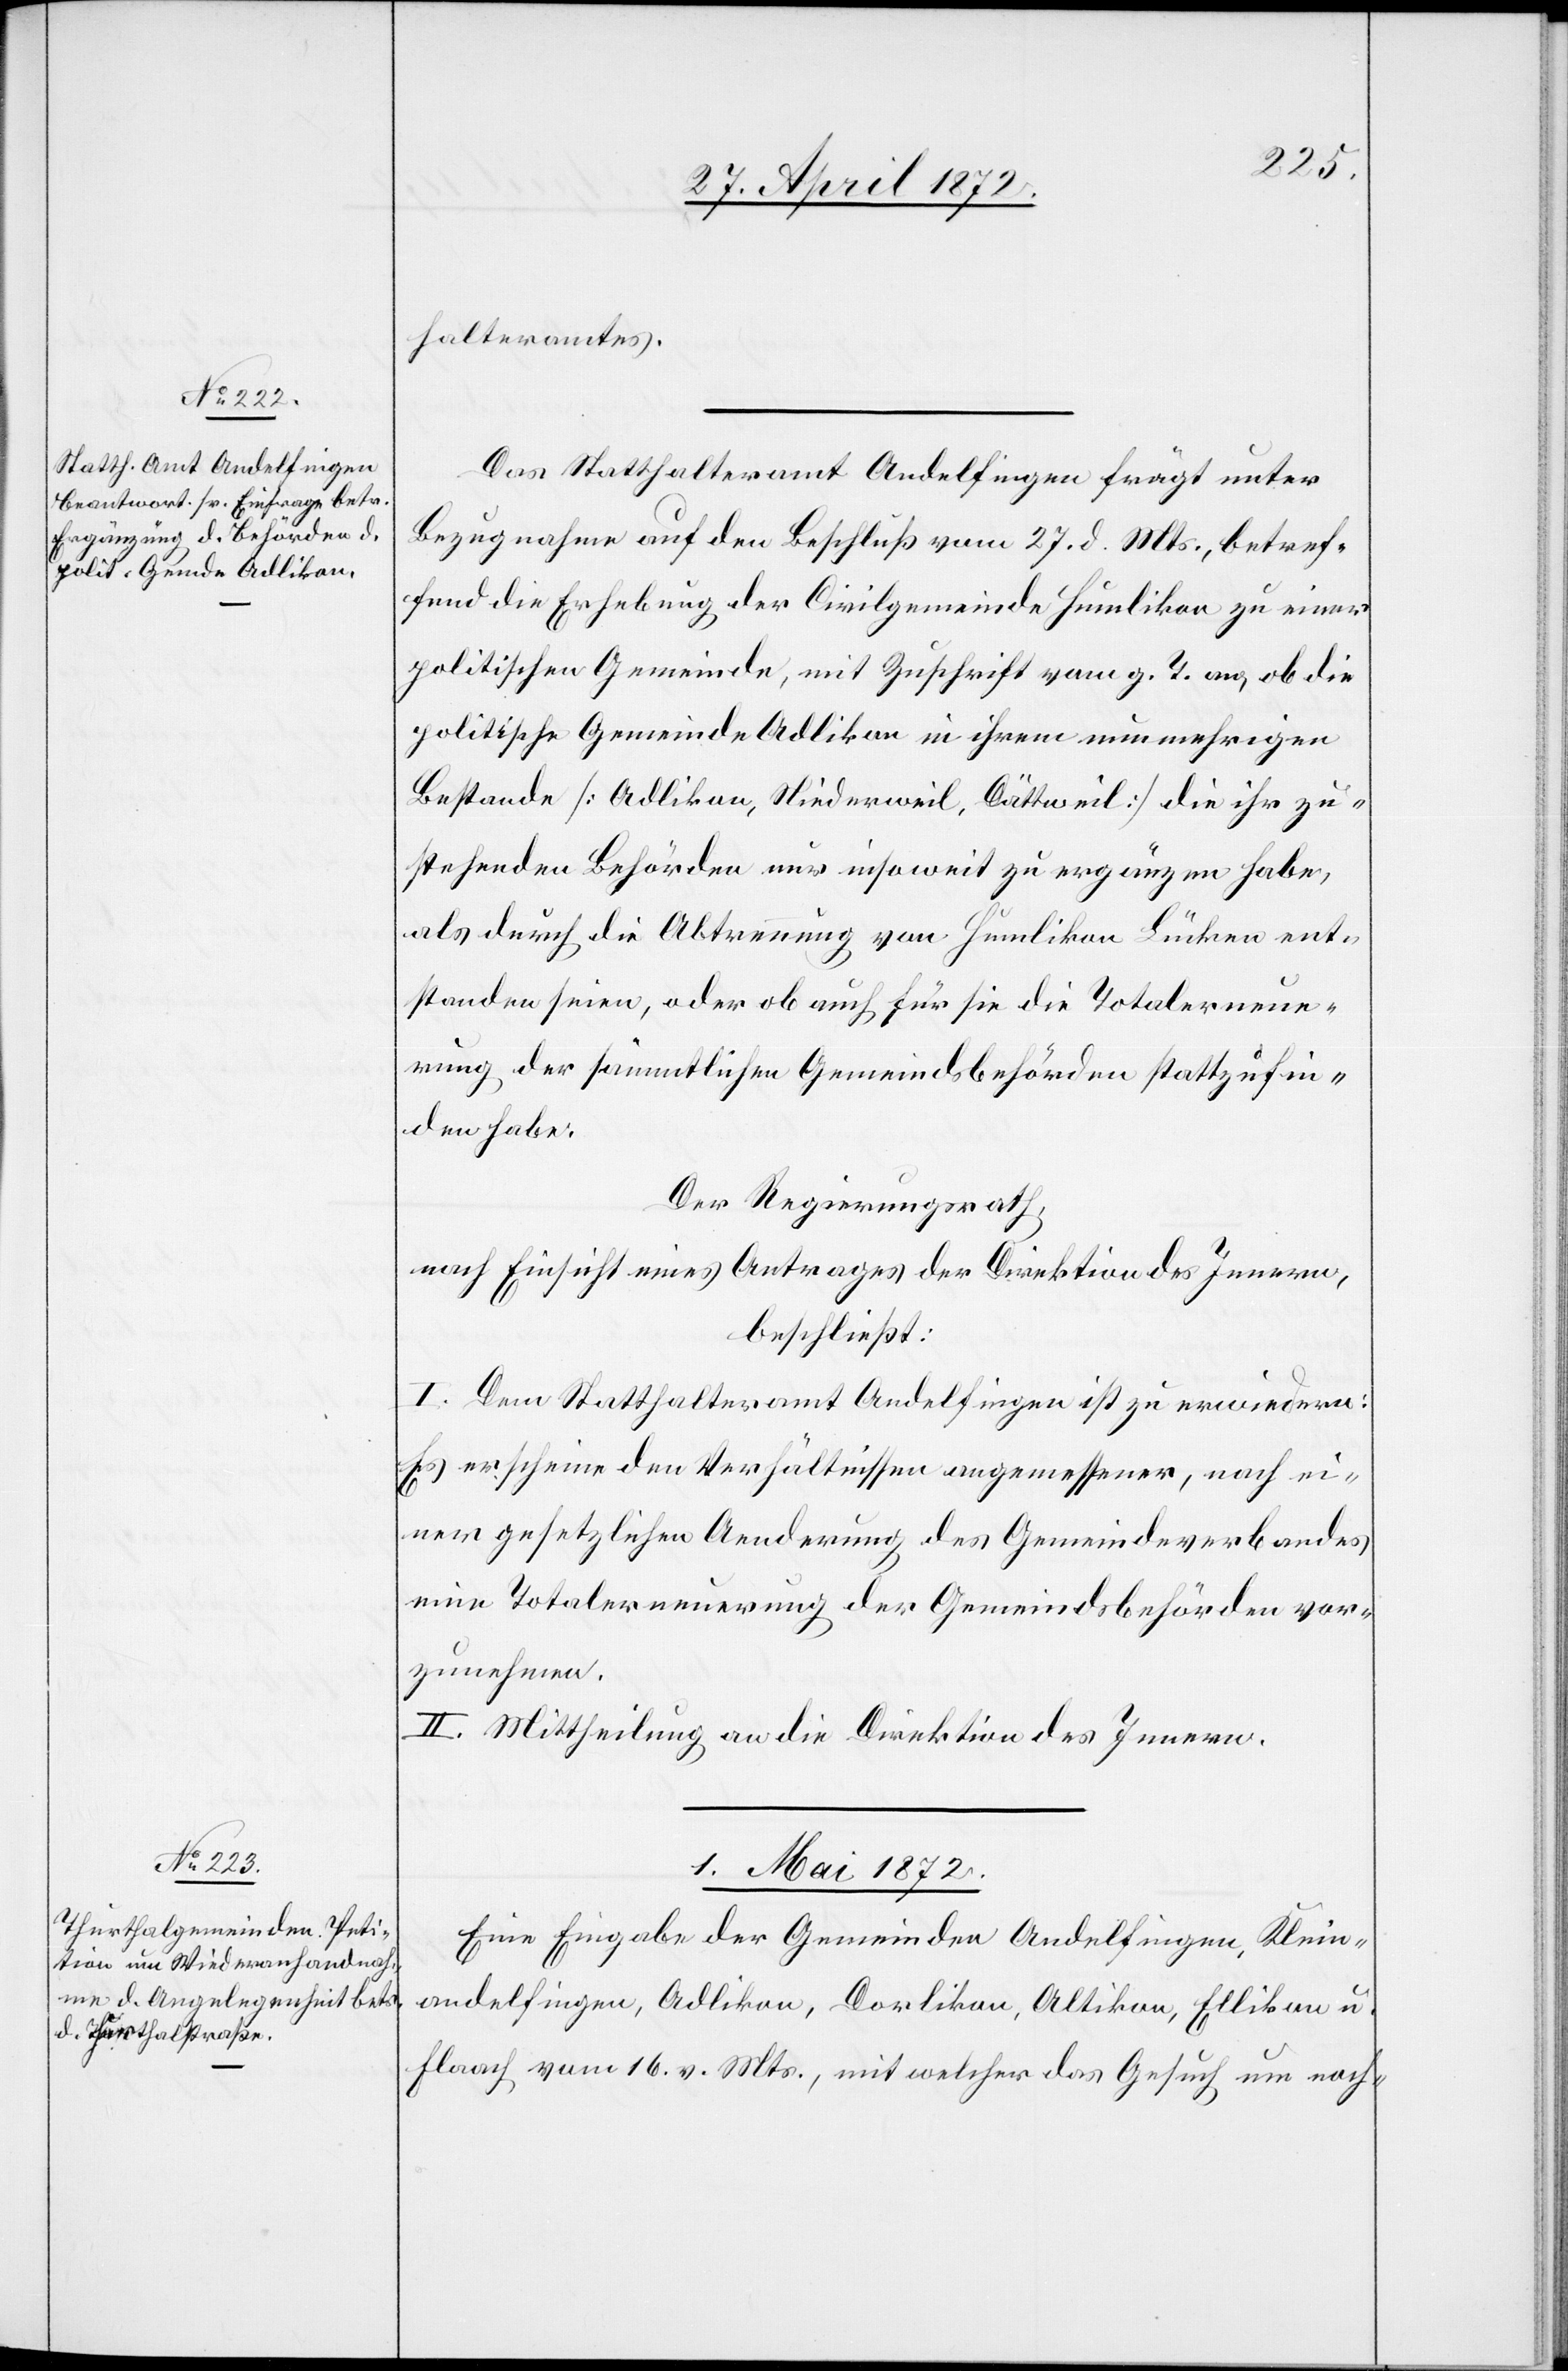
30. April 1872.]
halteramtes.
Das Statthalteramt Andelfingen fragt unter
Bezugnahme auf den Beschluß vom 27. d. Mts., betref¬
fend die Erhebung der Civilgemeinde Humlikon zu einer
politischen Gemeinde, mit Zuschrift vom g. T. an, ob die
politische Gemeinde Adlikon in ihrem nunmehrigen
Bestande [Adlikon, Niederweil, Dättweil] die ihr zu¬
stehenden Behörden nur insoweit zu ergänzen habe,
als durch die Abtrennung von Humlikon Lücken ent¬
standen seien, oder ob auch für sie die Totalerneue¬
rung der sämmtlichen Gemeindsbehörden stattzufin¬
den habe.
Der Regierungsrath,
nach Einsicht eines Antrages der Direktion des Innern,
beschließt:
I. Dem Statthalteramt Andelfingen ist zu erwiedern:
Es erscheine den Verhältnissen angemessener, nach ei¬
ner gesetzlichen Aenderung des Gemeindeverbandes
eine Totalerneuerung der Gemeindsbehörden vor¬
zunehmen.
II. Mittheilung an die Direktion des Innern.
1. Mai 1872.
Eine Eingabe der Gemeinden Andelfingen, Klein¬
andelfingen, Adlikon, Dorlikon, Altikon, Ellikon u.
Flaach vom 16. v. Mts., mit welcher das Gesuch um nach-